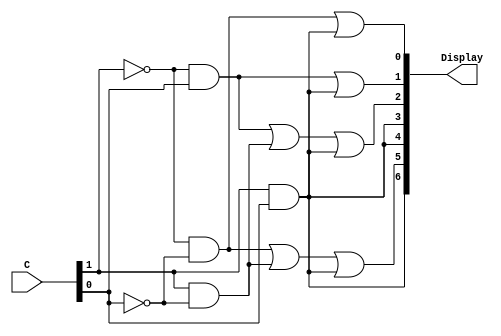
module char_7seg (C, Display);
	input [1:0] C;
	output [6:0] Display;
	
	assign Display[0] = (~C[1] & ~C[0]) | (C[1] & C[0]);
	assign Display[1] = (~C[1] & C[0]) | (C[1] & C[0]);
	assign Display[2] = (~C[1] & C[0]) | (C[1] & ~C[0]) | (C[1] & C[0]);
	assign Display[3] = (C[1] & C[0]);
	assign Display[4] = (C[1] & C[0]);
	assign Display[5] = (~C[1] & ~C[0]) | (C[1] & ~C[0]) | (C[1] & C[0]);
	assign Display[6] = (C[1] & C[0]);
endmodule